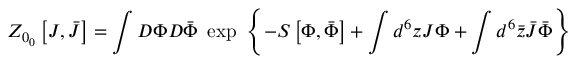
Z _ { 0 \L _ { 0 } } \left[ J , \bar { J } \right] = \int { \cal D } \Phi { \cal D } \bar { \Phi } ~ \exp \ \left\{ - S \left[ \Phi , \bar { \Phi } \right] + \int d ^ { 6 } z J \Phi + \int d ^ { 6 } \bar { z } \bar { J } \bar { \Phi } \right\}